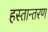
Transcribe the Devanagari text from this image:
हस्‍तान्‍तरण